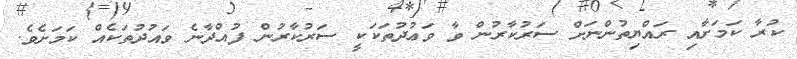
ކުރާ ކަމަށާއި ރައްޔިތުންނަށް ސަރުކާރުން ވާ ވަޢުދުތަކަކީ ސަރުކާރުން ފުއްދާނެ ވައުދުތަކެއް ކަމަށެވެ.